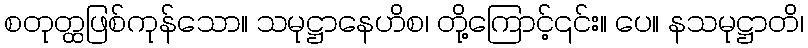
စတုတ္ထဖြစ်ကုန်သော။ သမုဋ္ဌာနေဟိစ၊ တို့ကြောင့်၎င်း။ ပေ။ နသမုဋ္ဌာတိ၊